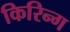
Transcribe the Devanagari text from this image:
किरिन्ग